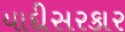
યાદીસરકાર